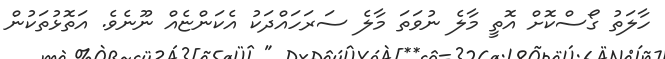
ހާލަތު ގޯސްކޮށް އޮތީ މާލެ ނުވަތަ މާލެ ސަރަހައްދަކު އެކަންޏެއް ނޫނެވެ. އަތޮޅުތަކުން